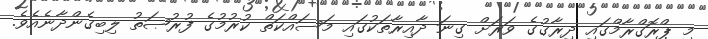
މި ޕްރޮގްރާމްގައި ދިރާގުގެ ވަރަށް ގިނަ ދާއިރާތަކުގައި މަސައްކަތް ކުރުމުގެ ފުރުޞަތު ލިބިގެންދާނެއެވެ.